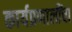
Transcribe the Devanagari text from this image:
कार्यप्रणालींचा